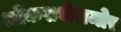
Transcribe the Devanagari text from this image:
लोकसभेसमोर